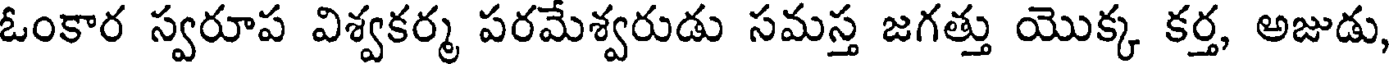
ఓంకార స్వరూప విశ్వకర్మ పరమేశ్వరుడు సమస్త జగత్తు యొక్క కర్త, అజుడు,